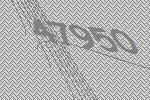
47950